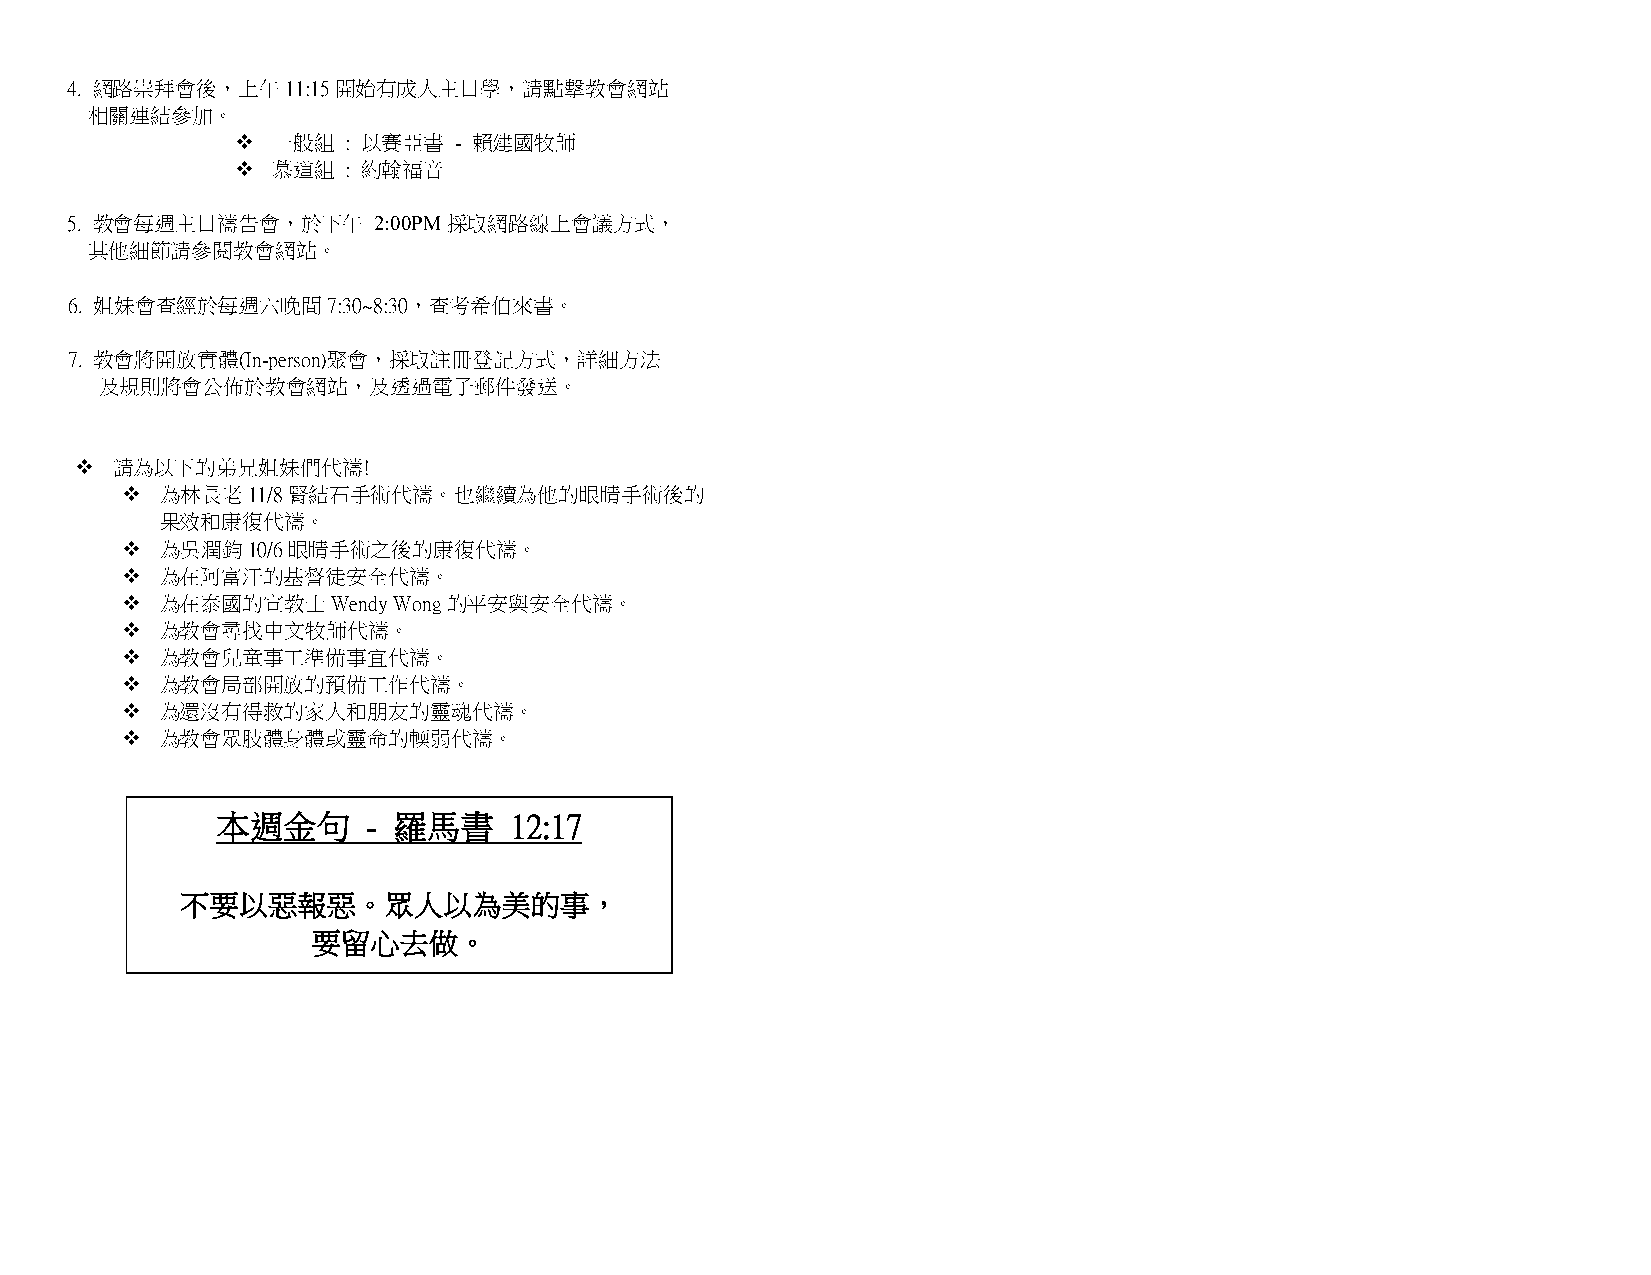
4. 網路崇拜會後，上午11:15開始有成人主日學，請點擊教會網站
 相關連結參加。
  一般組  : 以賽亞書 - 賴建國牧師
  慕道組  : 約翰福音
 5. 教會每週主日禱告會，於下午     2:00PM採取網路線上會議方式，
 其他細節請參閱教會網站。
 6. 姐妹會查經於每週六晚間7:30~8:30，查考希伯來書。
 7. 教會將開放實體(In-person)聚會，採取註冊登記方式，詳細方法
 及規則將會公佈於教會網站，及透過電子郵件發送。
  請為以下的弟兄姐妹們代禱!
   為林長老11/8腎結石手術代禱。也繼續為他的眼睛手術後的
 果效和康復代禱。
   為吳潤鈞10/6眼睛手術之後的康復代禱。
   為在阿富汗的基督徒安全代禱。
   為在泰國的宣教士Wendy  Wong的平安與安全代禱。
   為教會尋找中文牧師代禱。
   為教會兒童事工準備事宜代禱。
   為教會局部開放的預備工作代禱。
   為還沒有得救的家人和朋友的靈魂代禱。
   為教會眾肢體身體或靈命的輭弱代禱。
 本週金句      - 羅馬書     12:17
 不要以惡報惡。眾人以為美的事，
 要留心去做。